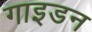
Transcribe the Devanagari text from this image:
गाइडन